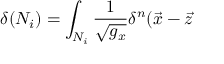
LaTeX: \delta ( N _ { i } ) = \int _ { N _ { i } } \frac 1 { \sqrt { g _ { x } } } \delta ^ { n } ( \vec { x } - \vec { z }